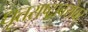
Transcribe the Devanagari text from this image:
धृतराष्ट्राबरोबर